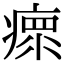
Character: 𤸄